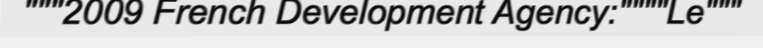
"""2009 French Development Agency:""""Le"""